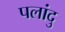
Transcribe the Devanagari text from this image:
पलांदु